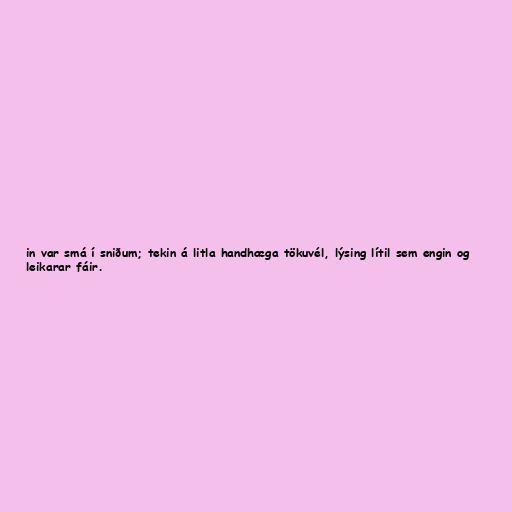
in var smá í sniðum; tekin á litla handhæga tökuvél, lýsing lítil sem engin og
leikarar fáir.